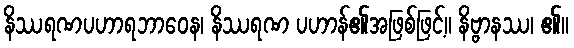
နိဿရဏပဟာရဘာဝေန၊ နိဿရဏ ပဟာန်၏အဖြစ်ဖြင့်။ နိဗ္ဗာနဿ၊ ၏။